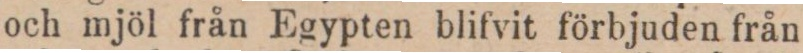
och mjöl från Egypten blifvit förbjuden från